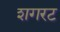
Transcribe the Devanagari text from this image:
शगरट